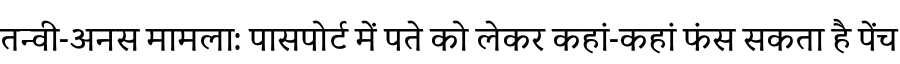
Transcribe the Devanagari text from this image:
तन्वी-अनस मामला: पासपोर्ट में पते को लेकर कहां-कहां फंस सकता है पेंच